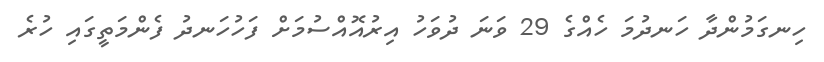
ހިނގަމުންދާ ހަނދުމަ ހެއްގެ 29 ވަނަ ދުވަހު އިރުއޮއްސުމަށް ފަހުހަނދު ފެންމަތީގައި ހުރެ